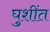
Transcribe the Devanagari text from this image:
घुशींत